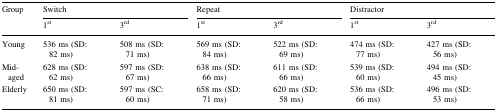
| Group | <COLSPAN=2> Switch | <COLSPAN=2> Repeat | <COLSPAN=2> Distractor |
 |  | 1st | 3rd | 1st | 3rd | 1st | 3rd |
 | --- | --- | --- | --- | --- | --- | --- |
 | Young | 536 ms (SD: 82 ms) | 508 ms (SD: 71 ms) | 569 ms (SD: 84 ms) | 522 ms (SD: 69 ms) | 474 ms (SD: 77 ms) | 427 ms (SD: 56 ms) |
 | Mid-aged | 628 ms (SD: 62 ms) | 597 ms (SD: 67 ms) | 638 ms (SD: 66 ms) | 611 ms (SD: 66 ms) | 539 ms (SD: 60 ms) | 494 ms (SD: 45 ms) |
 | Elderly | 650 ms (SD: 81 ms) | 597 ms (SC: 60 ms) | 658 ms (SD: 71 ms) | 620 ms (SD: 58 ms) | 536 ms (SD: 66 ms) | 496 ms (SD: 53 ms) |